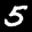
Label: 5